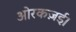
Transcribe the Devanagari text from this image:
ओरकज़ई।